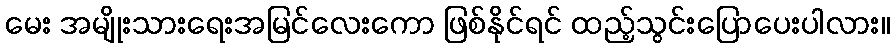
မေး အမျိုးသားရေးအမြင်လေးကော ဖြစ်နိုင်ရင် ထည့်သွင်းပြောပေးပါလား။